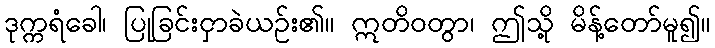
ဒုက္ကရံခေါ၊ ပြုခြင်းငှာခဲယဉ်း၏။ ဣတိဝတွာ၊ ဤသို့ မိန့်တော်မူ၍။